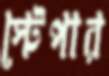
স্টেপার